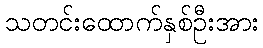
သတင်းထောက်နှစ်ဦးအား